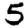
Digit: 5